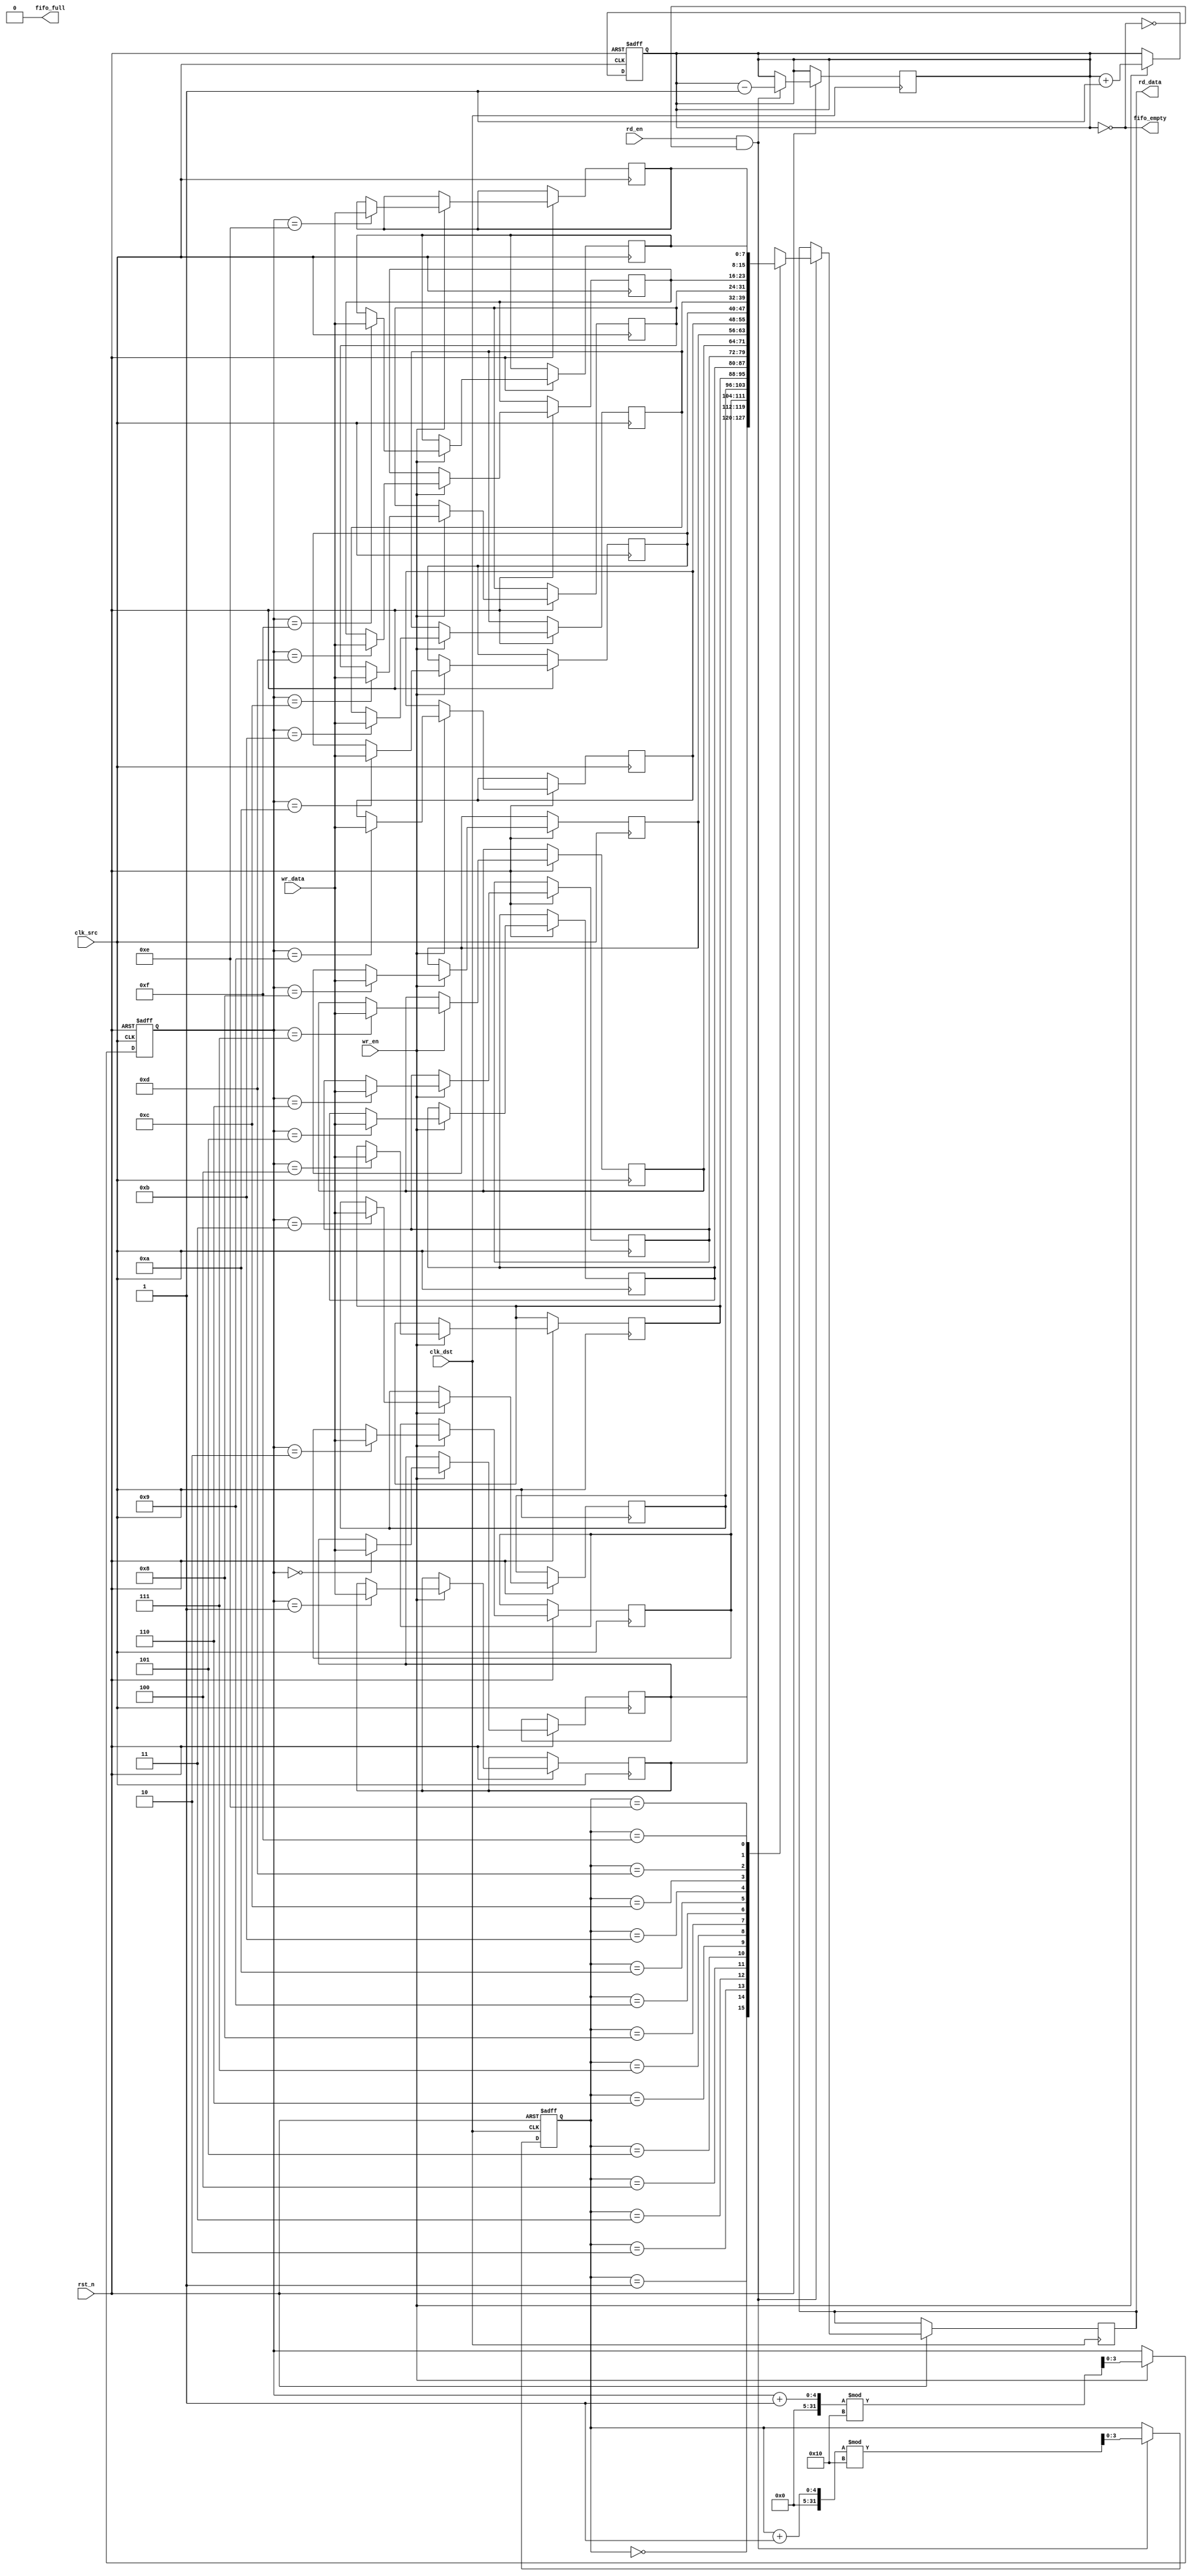
module fifo_sync #(
    parameter DATA_WIDTH = 8, // Width of the data
    parameter FIFO_DEPTH = 16  // Depth of the FIFO
)(
    input wire clk_src,         // Source clock
    input wire clk_dst,         // Destination clock
    input wire rst_n,           // Asynchronous reset (active low)
    
    // Write interface
    input wire wr_en,           // Write enable
    input wire [DATA_WIDTH-1:0] wr_data, // Data to write
    output wire fifo_full,      // FIFO full flag

    // Read interface
    input wire rd_en,           // Read enable
    output wire [DATA_WIDTH-1:0] rd_data, // Data read
    output wire fifo_empty       // FIFO empty flag
);

    // FIFO memory
    reg [DATA_WIDTH-1:0] fifo_mem [0:FIFO_DEPTH-1];
    reg [3:0] wr_ptr;          // Write pointer
    reg [3:0] rd_ptr;          // Read pointer
    reg [3:0] count;           // Number of elements in the FIFO

    // Synchronization registers for write pointer
    reg [3:0] wr_ptr_sync_1, wr_ptr_sync_2;

    // Synchronization registers for read pointer
    reg [3:0] rd_ptr_sync_1, rd_ptr_sync_2;

    // Control logic for write operation
    always @(posedge clk_src or negedge rst_n) begin
        if (!rst_n) begin
            wr_ptr <= 0;
            count <= 0;
        end else if (wr_en && !fifo_full) begin
            fifo_mem[wr_ptr] <= wr_data;
            wr_ptr <= (wr_ptr + 1) % FIFO_DEPTH;
            count <= count + 1;
        end
    end

    // Control logic for read operation
    always @(posedge clk_dst or negedge rst_n) begin
        if (!rst_n) begin
            rd_ptr <= 0;
        end else if (rd_en && !fifo_empty) begin
            rd_data <= fifo_mem[rd_ptr];
            rd_ptr <= (rd_ptr + 1) % FIFO_DEPTH;
            count <= count - 1;
        end
    end

    // FIFO full and empty flags
    assign fifo_full = (count == FIFO_DEPTH);
    assign fifo_empty = (count == 0);

    // Synchronize write pointer to destination clock domain
    always @(posedge clk_dst or negedge rst_n) begin
        if (!rst_n) begin
            wr_ptr_sync_1 <= 0;
            wr_ptr_sync_2 <= 0;
        end else begin
            wr_ptr_sync_1 <= wr_ptr;
            wr_ptr_sync_2 <= wr_ptr_sync_1;
        end
    end

    // Synchronize read pointer to source clock domain
    always @(posedge clk_src or negedge rst_n) begin
        if (!rst_n) begin
            rd_ptr_sync_1 <= 0;
            rd_ptr_sync_2 <= 0;
        end else begin
            rd_ptr_sync_1 <= rd_ptr;
            rd_ptr_sync_2 <= rd_ptr_sync_1;
        end
    end

endmodule